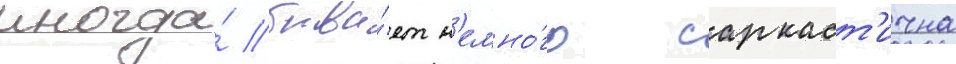
иногда́ быва́ет н'емно́го саркаст'ична